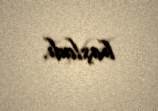
başladı.